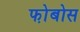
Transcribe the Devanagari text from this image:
फो़बोस